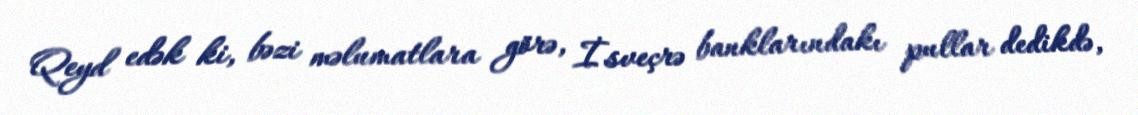
Qeyd edək ki, bəzi məlumatlara görə, İsveçrə banklarındakı pullar dedikdə,